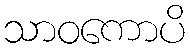
သာဝကောပိ